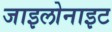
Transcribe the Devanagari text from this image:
जाइलोनाइट